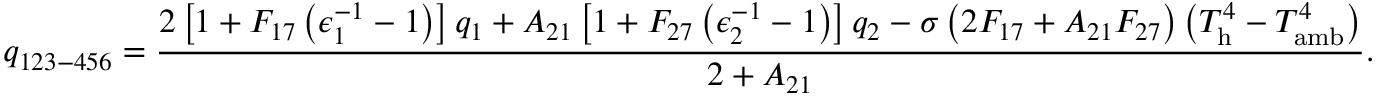
q _ { 1 2 3 - 4 5 6 } = \frac { 2 \left[ 1 + F _ { 1 7 } \left( \epsilon _ { 1 } ^ { - 1 } - 1 \right) \right] q _ { 1 } + A _ { 2 1 } \left[ 1 + F _ { 2 7 } \left( \epsilon _ { 2 } ^ { - 1 } - 1 \right) \right] q _ { 2 } - \sigma \left( 2 F _ { 1 7 } + A _ { 2 1 } F _ { 2 7 } \right) \left( T _ { \mathrm { h } } ^ { 4 } - T _ { \mathrm { a m b } } ^ { 4 } \right) } { 2 + A _ { 2 1 } } { . }